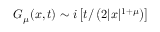
{ \cal { G } } _ { \mu } ( x , t ) \sim i \left[ t / \left( 2 | x | ^ { 1 + \mu } \right) \right]